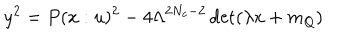
LaTeX: y ^ { 2 } = P ( x : u ) ^ { 2 } - 4 \Lambda ^ { 2 N _ { c } - 2 } \det ( \lambda x + m _ { Q } ) \nonumber